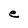
Character: e